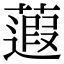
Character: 蕸